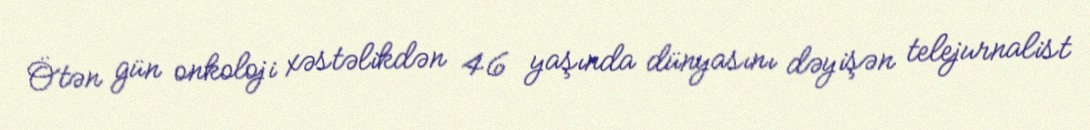
Ötən gün onkoloji xəstəlikdən 46 yaşında dünyasını dəyişən telejurnalist